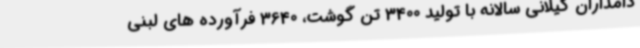
دامداران گیلانی سالانه با تولید 3400 تن گوشت، 3640 فرآورده های لبنی